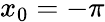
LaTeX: x_{0}=-\pi